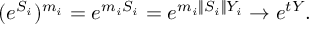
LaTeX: ( e ^ { S _ { i } } ) ^ { m _ { i } } = e ^ { m _ { i } S _ { i } } = e ^ { m _ { i } \| S _ { i } \| Y _ { i } } \rightarrow e ^ { t Y } .